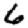
Digit: 6